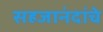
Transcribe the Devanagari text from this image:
सहजानंदांचे